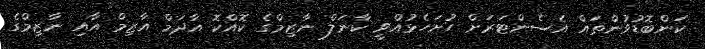
ކަންބޮޑުވުންތައް އެސެންޓަރަށް ހުށަހެޅުއްވީ ކާނަލް ނާޒިމްގެ ކޮއްކޮ އާދަމް އާޒިމް އާއި ނާޒިމްގެ